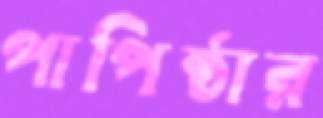
পাপিষ্ঠার